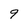
Character: 9